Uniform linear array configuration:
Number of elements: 24
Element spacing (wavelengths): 0.25
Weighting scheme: cosine
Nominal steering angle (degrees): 45
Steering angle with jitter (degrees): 43.638
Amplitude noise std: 0.05
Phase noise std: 0.05

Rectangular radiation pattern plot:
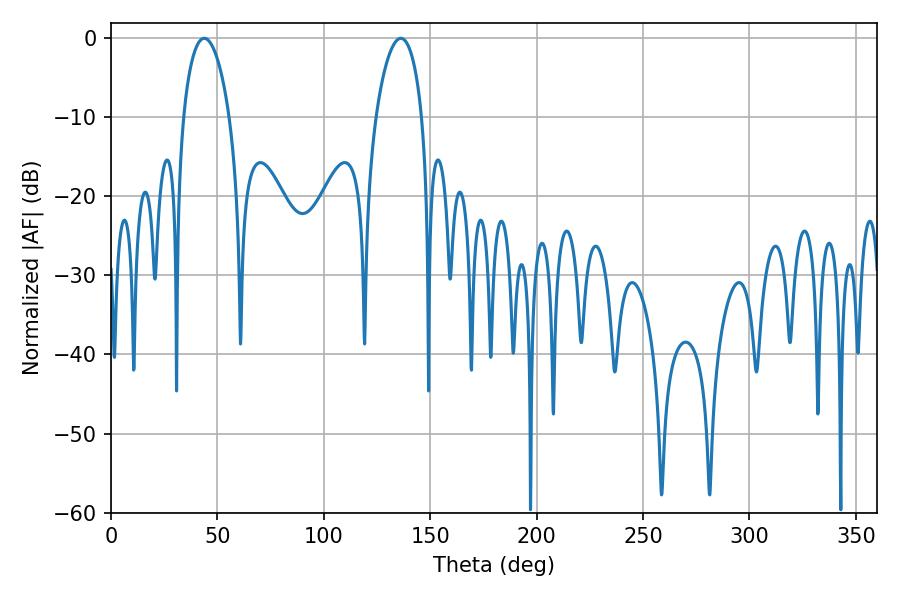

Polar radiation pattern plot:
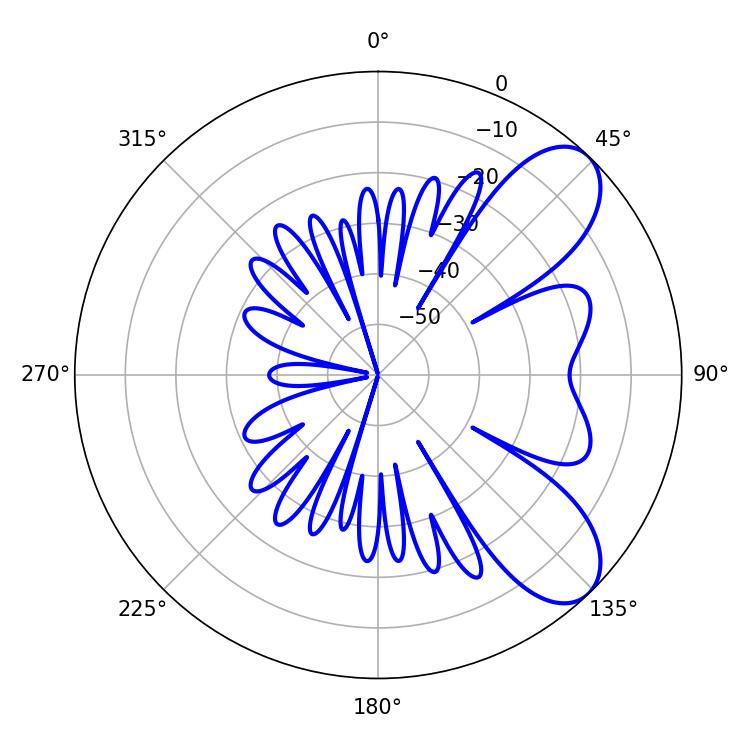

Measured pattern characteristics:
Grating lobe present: FALSE
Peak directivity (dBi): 7.842
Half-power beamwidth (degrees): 12.24
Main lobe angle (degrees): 43.74